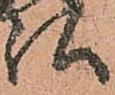
弘